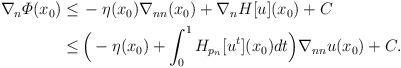
LaTeX: \begin{align*}\begin{aligned} \nabla_n \varPhi (x_0) \leq \,& - \eta (x_0) \nabla_{nn} (x_0) + \nabla_n H [u] (x_0) + C \\ \leq \,& \Big(- \eta (x_0) + \int _0^1 H_{p_n} [u^t] (x_0) dt\Big) \nabla_{nn} u (x_0) + C. \end{aligned} \end{align*}